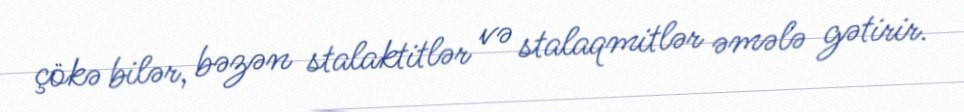
çökə bilər, bəzən stalaktitlər və stalaqmitlər əmələ gətirir.